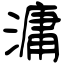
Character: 滽